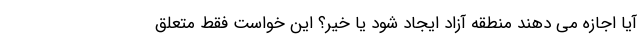
آیا اجازه می دهند منطقه آزاد ایجاد شود یا خیر؟ این خواست فقط متعلق